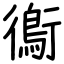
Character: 鵆